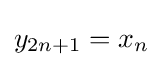
y_{2n+1}=x_{n}